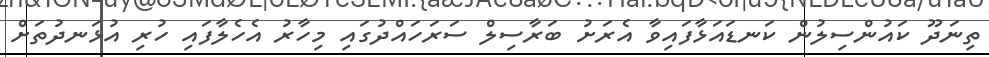
ތިނަދޫ ކައުންސިލުން ކަނޑައަޅާފައިވާ އެރަށު ބަރާސިލް ސަރަހައްދުގައި މިހާރު އެހެލާފައި ހުރި އުޅަނދުތަށް